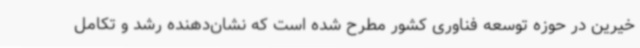
خیرین در حوزه توسعه فناوری کشور مطرح شده است که نشان‌دهنده رشد و تکامل